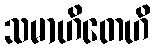
သမာဟိတေဟိ